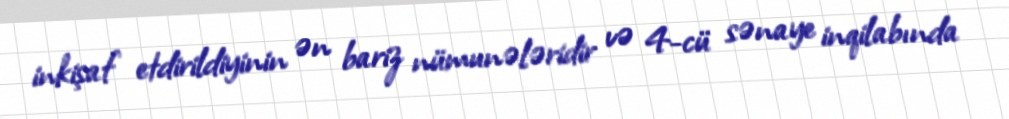
inkişaf etdirildiyinin ən bariz nümunələridir və 4-cü sənaye inqilabında